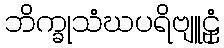
ဘိက္ခုသံဃပရိဗျူဠှံ